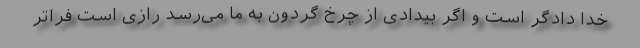
خدا دادگر است و اگر بیدادی از چرخ گردون به ما می‌رسد رازی است فراتر